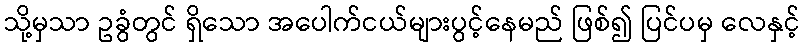
သို့မှသာ ဥခွံတွင် ရှိသော အပေါက်ငယ်များပွင့်နေမည် ဖြစ်၍ ပြင်ပမှ လေနှင့်